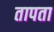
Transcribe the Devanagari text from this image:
तापता